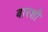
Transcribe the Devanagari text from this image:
बारशी